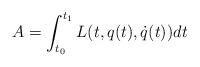
LaTeX: \begin{align*}A=\int_{t_0}^{t_1} L(t,q(t),\dot q(t))dt\end{align*}